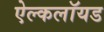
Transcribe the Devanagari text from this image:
ऐल्कलॉयड